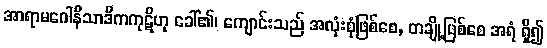
အာရာမဂေါနိသာဒိကကုဋိဟု ခေါ်၏၊ ကျောင်းသည် အလုံးစုံဖြစ်စေ, တချို့ဖြစ်စေ အရံ ရှိ၍